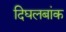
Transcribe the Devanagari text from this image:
दिघलबांक